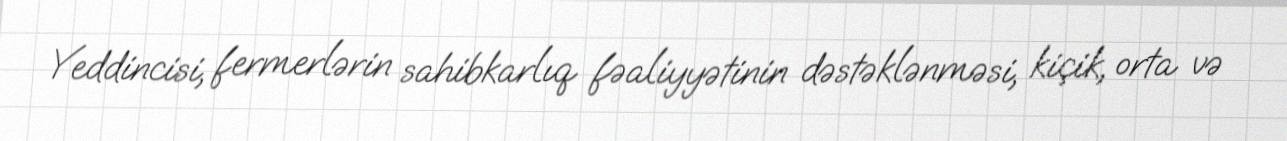
Yeddincisi, fermerlərin sahibkarlıq fəaliyyətinin dəstəklənməsi, kiçik, orta və